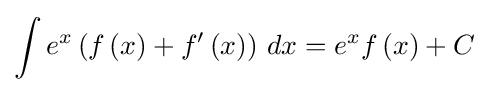
\int {e^{x}\left(f\left(x\right)+f'\left(x\right)\right)\,dx}=e^{x}f\left(x\right)+C